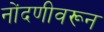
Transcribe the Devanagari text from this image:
नोंदणीवरून